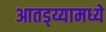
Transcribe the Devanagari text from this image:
आतड्य्यामध्ये